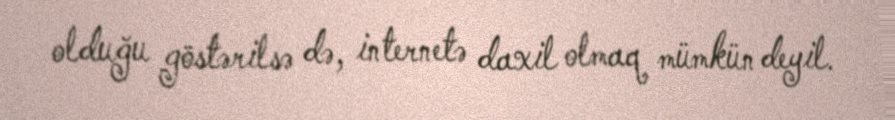
olduğu göstərilsə də, internetə daxil olmaq mümkün deyil.